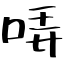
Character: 哢